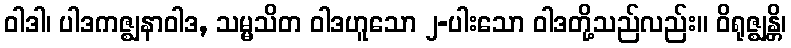
ဝါဒါ၊ ပါဒကဇ္ဈနာဝါဒ, သမ္မသိတ ဝါဒဟူသော ၂-ပါးသော ဝါဒတို့သည်လည်း။ ဝိရုဇ္ဈန္တိ၊